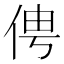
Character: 俜